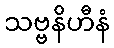
သဗ္ဗနိဟီနံ